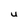
Character: U